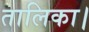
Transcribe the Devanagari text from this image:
तालिका।